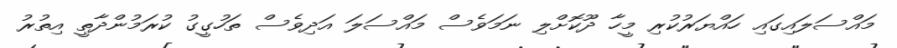
މައްސަލައިގައި ހައްޔަރުކުރި މީހާ ދޫކޮށްލި ނަމަވެސް މައްސަލަ އަދިވެސް ތަހުގީގު ކުރަމުންދާތީ އިތުރު